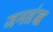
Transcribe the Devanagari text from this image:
जनसंख